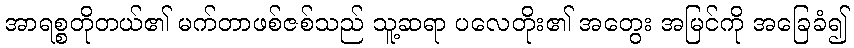
အာရစ္စတိုတယ်၏ မက်တာဖစ်ဇစ်သည် သူ့ဆရာ ပလေတိုး၏ အတွေး အမြင်ကို အခြေခံ၍